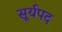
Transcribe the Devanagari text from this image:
सूर्यपद